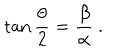
LaTeX: \tan \frac { \theta } { 2 } = \frac { \beta } { \alpha } \ .